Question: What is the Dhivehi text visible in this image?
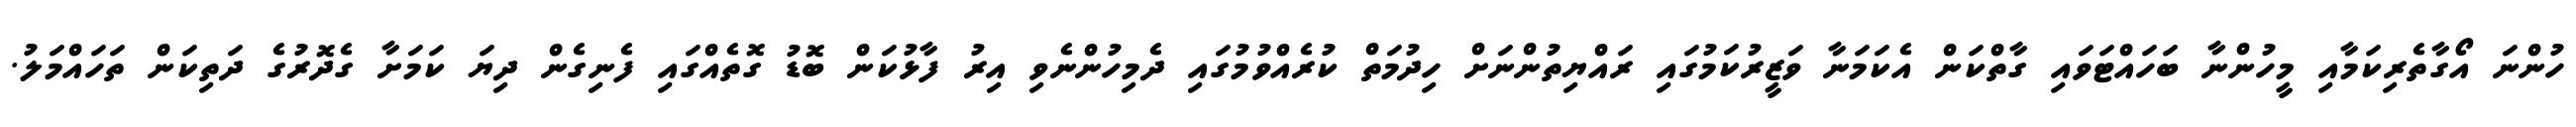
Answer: ހުންނަ އޯގާތެރިކަމާއި މީހުންނާ ބަހައްޓަވައި ގާތްކަން އެކަމަނާ ވަޒީރުކަމުގައި ރައްޔިތުންނަށް ހިދުމަތް ކުރެއްވުމުގައި ދެމިހުންނެވި އިރު ފާޅުކަން ބޮޑު ގޮތެއްގައި ފެނިގެން ދިޔަ ކަމަށާ ގެދޮރުގެ ދަތިކަން ތަހައްމަލު.